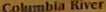
Columbia River